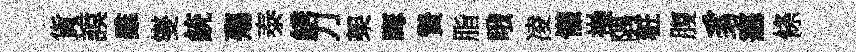
貨謨雖燮統殤泰綉刀架晦贄脂哦凌懽操隅粧腹豸塞條